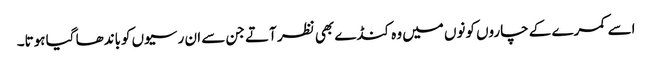
اسے کمرے کے چاروں کونوں میں وہ کنڈے بھی نظر آتے جن سے ان رسیوں کوباندھا گیا ہوتا۔